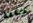
مناعة